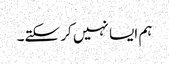
ہم ایسا نہیں کر سکتے۔